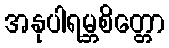
အနုပါရမ္ဘစိတ္တော